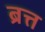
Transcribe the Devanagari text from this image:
ब्रत्त